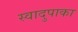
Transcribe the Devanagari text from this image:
स्वादुपाका